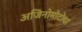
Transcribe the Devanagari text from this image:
अजिनोमोटोचा